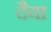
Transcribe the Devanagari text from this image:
दैया